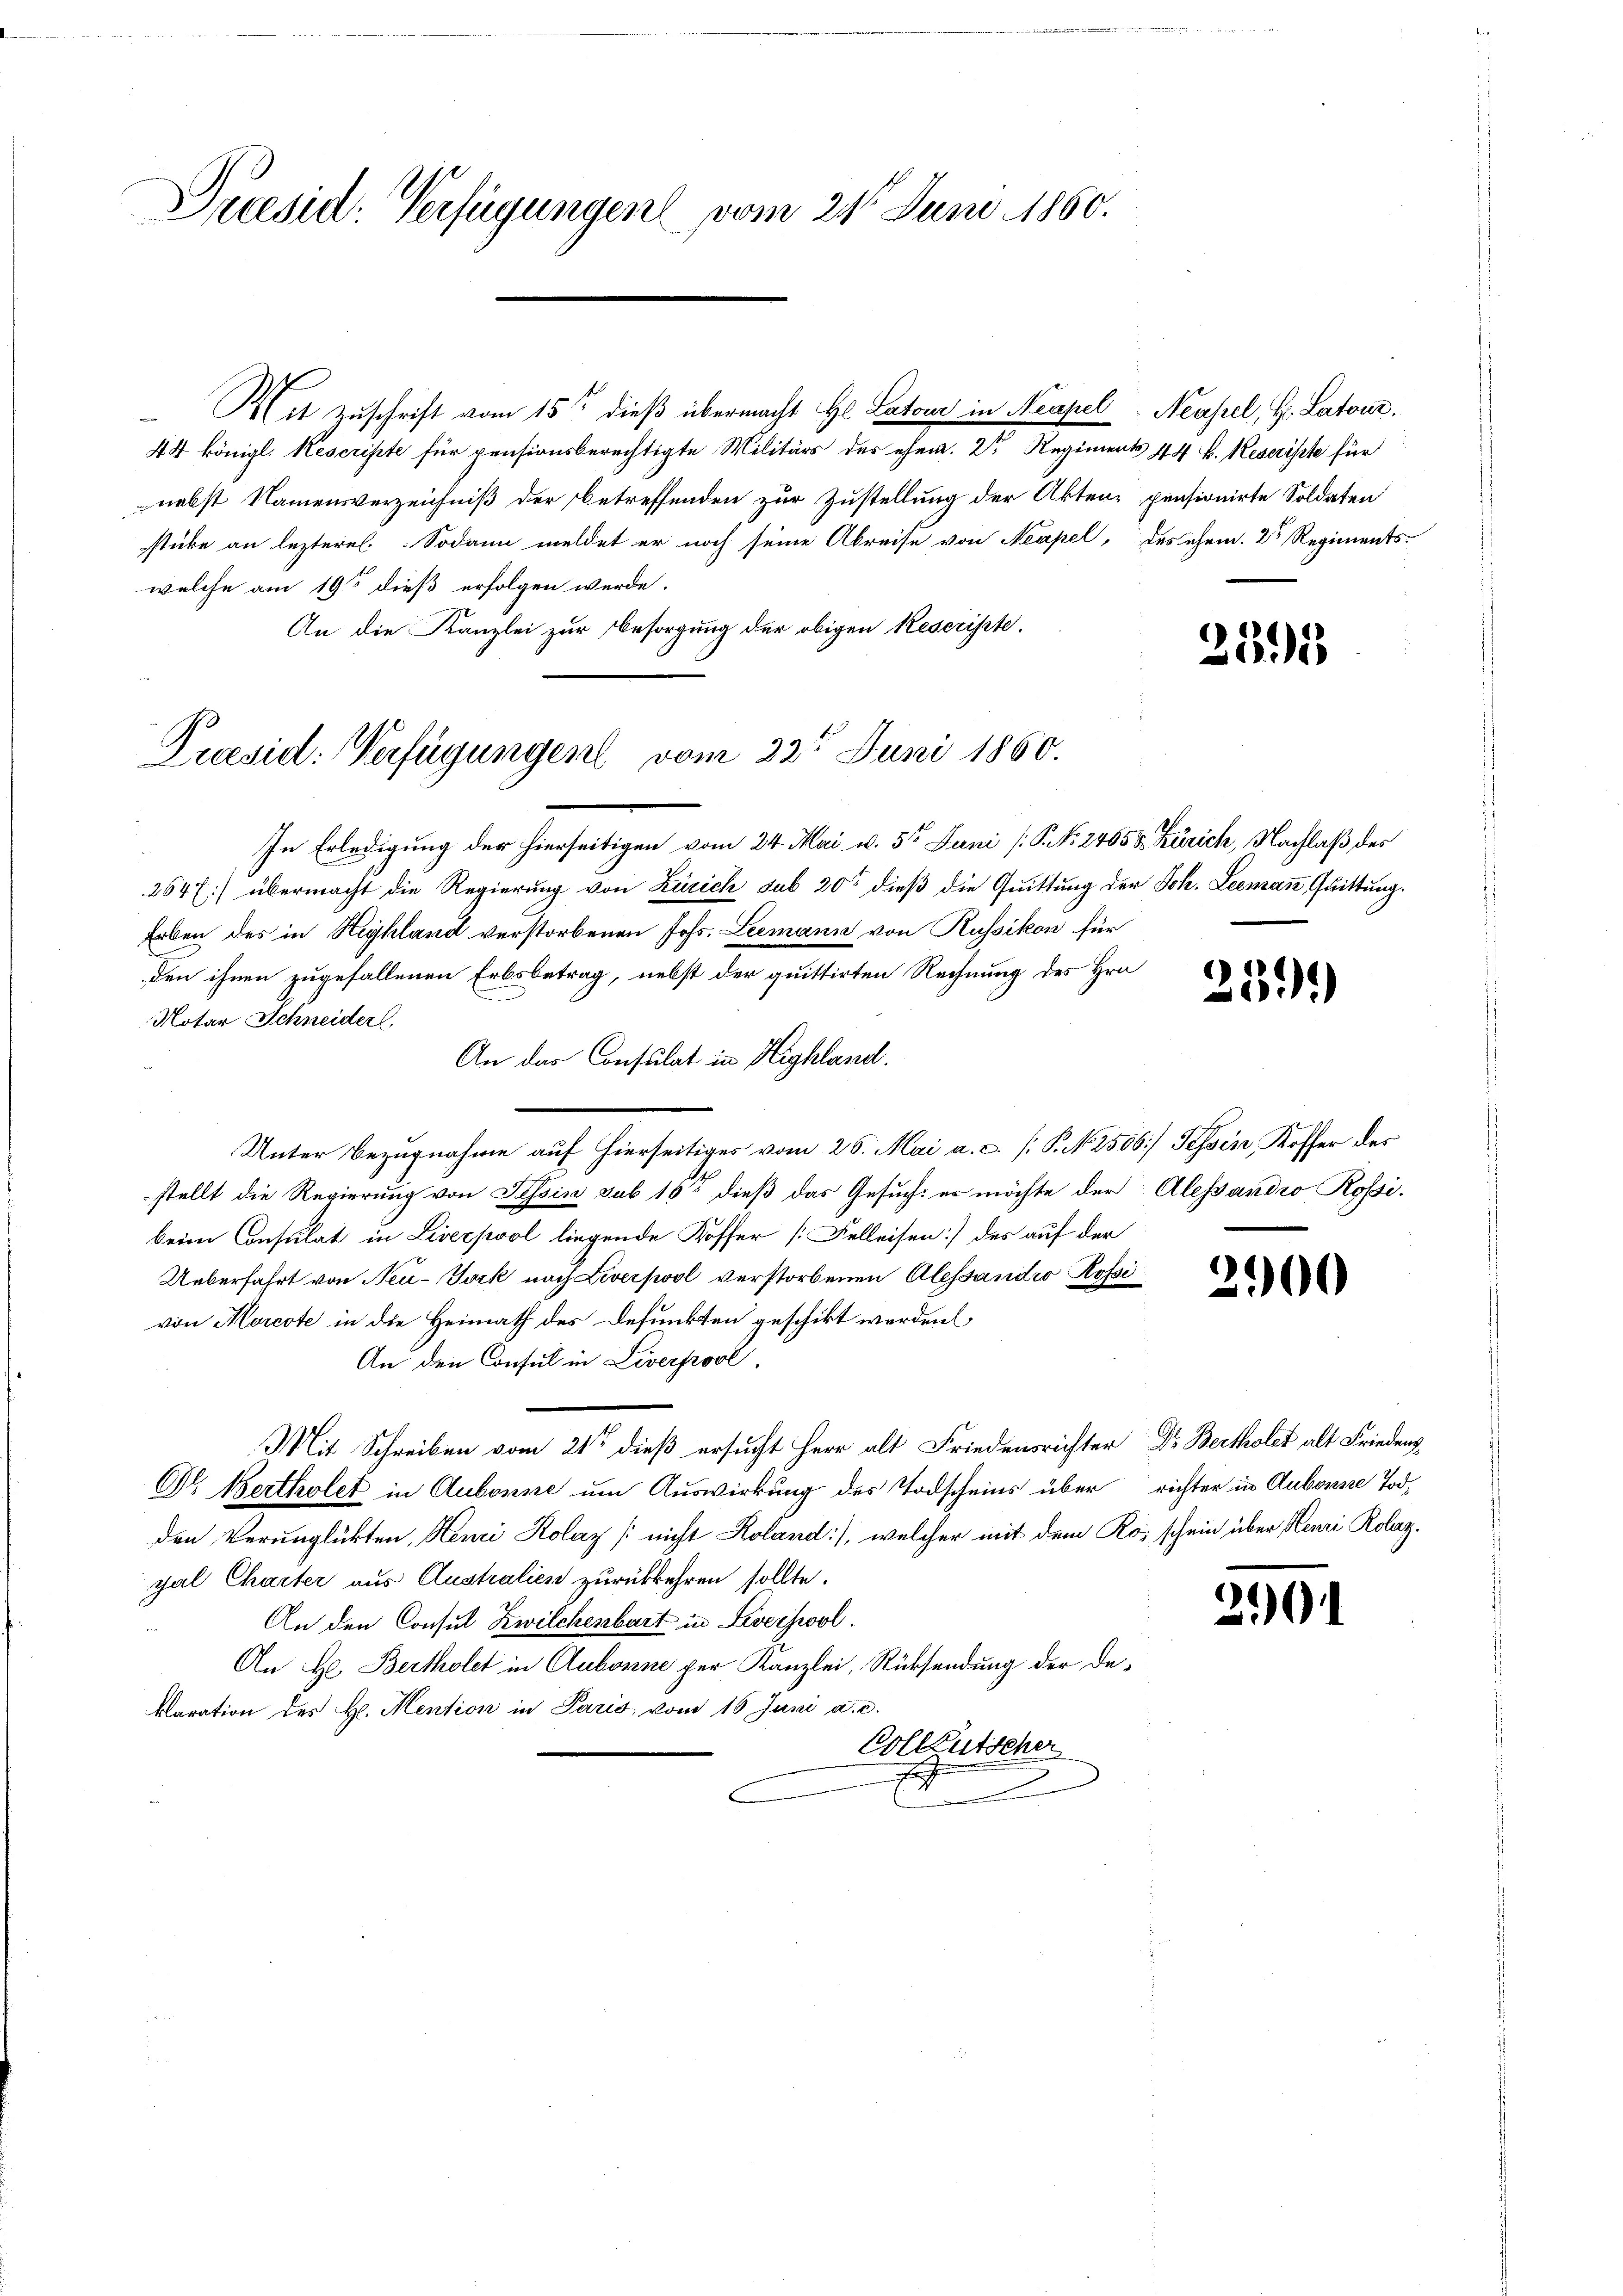
Dresid. Verfügungen vom 21t Juni 1860.

Mit Zŭschrift vom 15ten dieβ übermacht Hl. Satone in Neapel Neapel, H. Latone.
44 königl. Rescripte für pensionsberechtigte Militärs des ehem. 2t Regiments 44 b. Reserisste für
nebst Namensverzeichniß der betreffenden zur Zustellung der Akten pensionirte Soldaten
stücke an lezteres. Sodann meldet er noch seine Abreise von Neapel, des ehem. Dr Regiments-
welche am 19te dieß erfolgen werde.
An die Kanzlei zur Besorgung der obigen Reserisste.
In Erledigung der hierseitigen vom 24. Mai d. 5t Juni [P. NNo. 24658. Zürich, Nachlaß des
264 f.) übermacht die Regierung von Zürich sub 20 dieß die Quittung der Joh. Leeman, Quittung.
Erben des in Heyhland verstorbenen Johs. Leemann von Russikon für
den ihnen zugefallenen Erbsbetrag, nebst der quittirten Rechnung des Hrn
Notar Schneiderl
An das Consulat in Highland.
Unter Bezugnahme auf hierseitiges vom 26. Mai a. c. [P. N. 2506] Tessin, Koffer des
stellt die Regierung von Tessin sub 165 dieß das Gesuch: es möchte der Alessandio Rossibeim Consulat in Liverpool liegende Koffer [Felleisen] des auf der
Ueberfahrt von Neu-Jock nach Liverpool verstorbenen Alessandro Rossivon Morcote in die Heimath des Defunkten geschikt werden,
An den Consul in Liverpool,
Mit Schreiben vom 21ten dieß ersucht Herr alt Friedensrichter Dr. Bertholet alt Friedens
Ol. Bertholet in Aubonne um Auswirkung des Todscheins über richter in Aubonne Tod,
den Verunglükten, Henri Kolaz [nicht Koland), welcher mit dem Rom schein über Henri Rolaz.
cal Charter aus Australien zurückkehren sollte.
An den Consul Zwilchenbart in Liverswol.
An H. Bertholet in Aubonne per Kanzlei, Rücksendung der Dekaration des H. Mention in Paris vom 16 Juni a. c.
Colleutscher
.

Puesid: Verfügungen vom 22ten Juni 1860.

2391

259.)

e

2900

21)